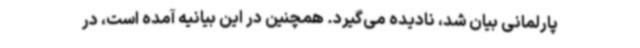
پارلمانی بیان شد، نادیده می‌گیرد. همچنین در این بیانیه آمده است، در